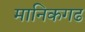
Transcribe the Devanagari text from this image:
मानिकगढ